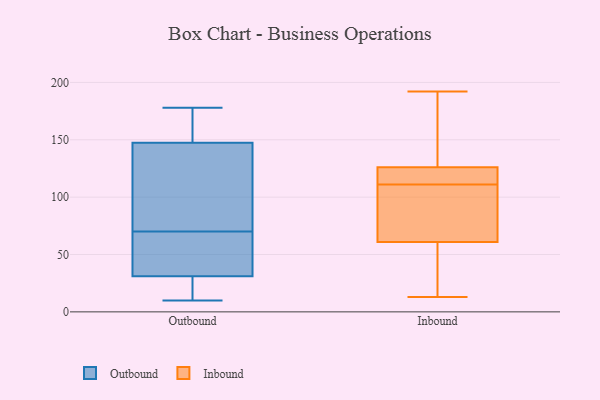
{"axis": {"x": "Net Income (USD K)", "y": "Value"}, "legend": ["Inbound", "Outbound"], "data": [{"x": "", "y": 99, "type": "Outbound"}, {"x": "", "y": 28, "type": "Outbound"}, {"x": "", "y": 55, "type": "Outbound"}, {"x": "", "y": 60, "type": "Outbound"}, {"x": "", "y": 178, "type": "Outbound"}, {"x": "", "y": 17, "type": "Outbound"}, {"x": "", "y": 150, "type": "Outbound"}, {"x": "", "y": 80, "type": "Outbound"}, {"x": "", "y": 104, "type": "Outbound"}, {"x": "", "y": 26, "type": "Outbound"}, {"x": "", "y": 42, "type": "Outbound"}, {"x": "", "y": 162, "type": "Outbound"}, {"x": "", "y": 34, "type": "Outbound"}, {"x": "", "y": 145, "type": "Outbound"}, {"x": "", "y": 10, "type": "Outbound"}, {"x": "", "y": 151, "type": "Outbound"}, {"x": "", "y": 159, "type": "Inbound"}, {"x": "", "y": 126, "type": "Inbound"}, {"x": "", "y": 127, "type": "Inbound"}, {"x": "", "y": 54, "type": "Inbound"}, {"x": "", "y": 55, "type": "Inbound"}, {"x": "", "y": 110, "type": "Inbound"}, {"x": "", "y": 112, "type": "Inbound"}, {"x": "", "y": 13, "type": "Inbound"}, {"x": "", "y": 192, "type": "Inbound"}, {"x": "", "y": 88, "type": "Inbound"}, {"x": "", "y": 122, "type": "Inbound"}, {"x": "", "y": 61, "type": "Inbound"}, {"x": "", "y": 120, "type": "Inbound"}, {"x": "", "y": 78, "type": "Inbound"}]}